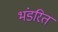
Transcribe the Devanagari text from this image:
भंडरित